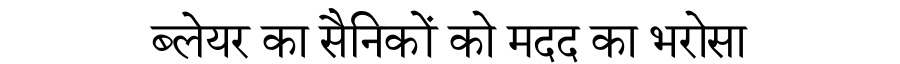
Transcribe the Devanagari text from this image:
ब्लेयर का सैनिकों को मदद का भरोसा